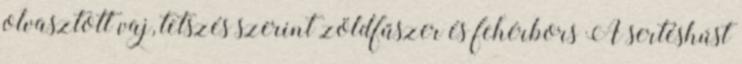
olvasztott vaj, tetszés szerint zöldfűszer és fehérbors A sertéshúst